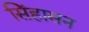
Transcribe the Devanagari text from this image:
सिेंहासन